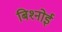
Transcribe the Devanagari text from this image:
बिश्‍नोई